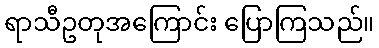
ရာသီဥတုအကြောင်း ပြောကြသည်။